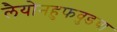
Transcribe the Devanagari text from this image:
लैयोनहुफवुडचा